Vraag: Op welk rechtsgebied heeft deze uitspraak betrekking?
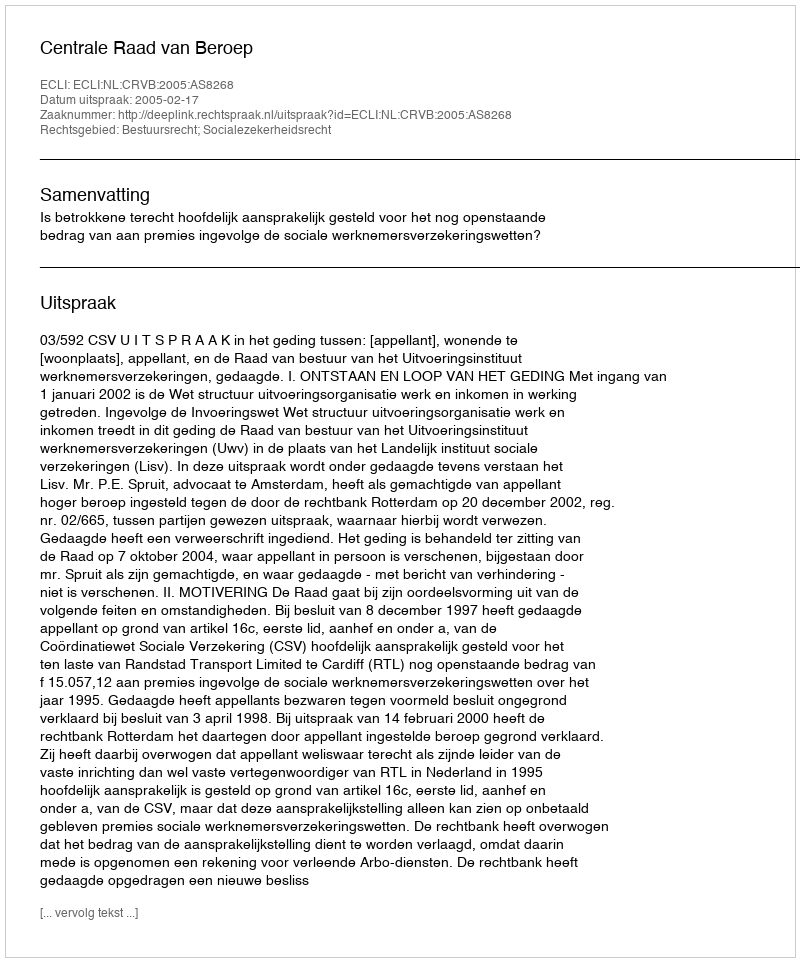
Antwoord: Bestuursrecht; Socialezekerheidsrecht